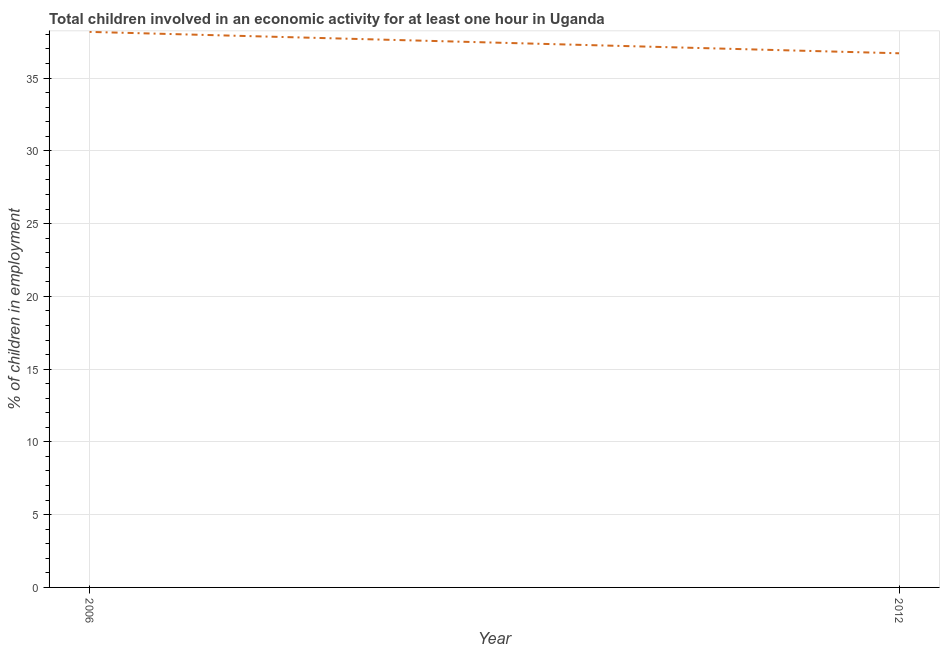
| Year | Children in employment |
 | --- | --- |
 | 2006 | 38.2 |
 | 2012 | 36.7 |